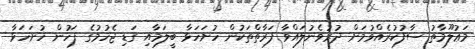
މަޢުލޫމާތު ސާފުކުރެއްވުމަށް ދުރުވެނުލައްވާ ފަރާތްތަކުން ހުށަހަޅާ ބީލަމާއި ގަޑި ޖެހުމުގެ ފަހުން ހުށަހަޅާ